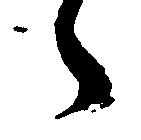
々